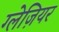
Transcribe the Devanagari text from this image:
ग्लेज़ियर